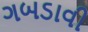
ગબડાવી